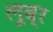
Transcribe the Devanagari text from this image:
लूब्र